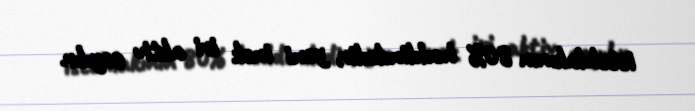
istehlakının 80% həddindədir, yəni inək iri aktiv sayılır.